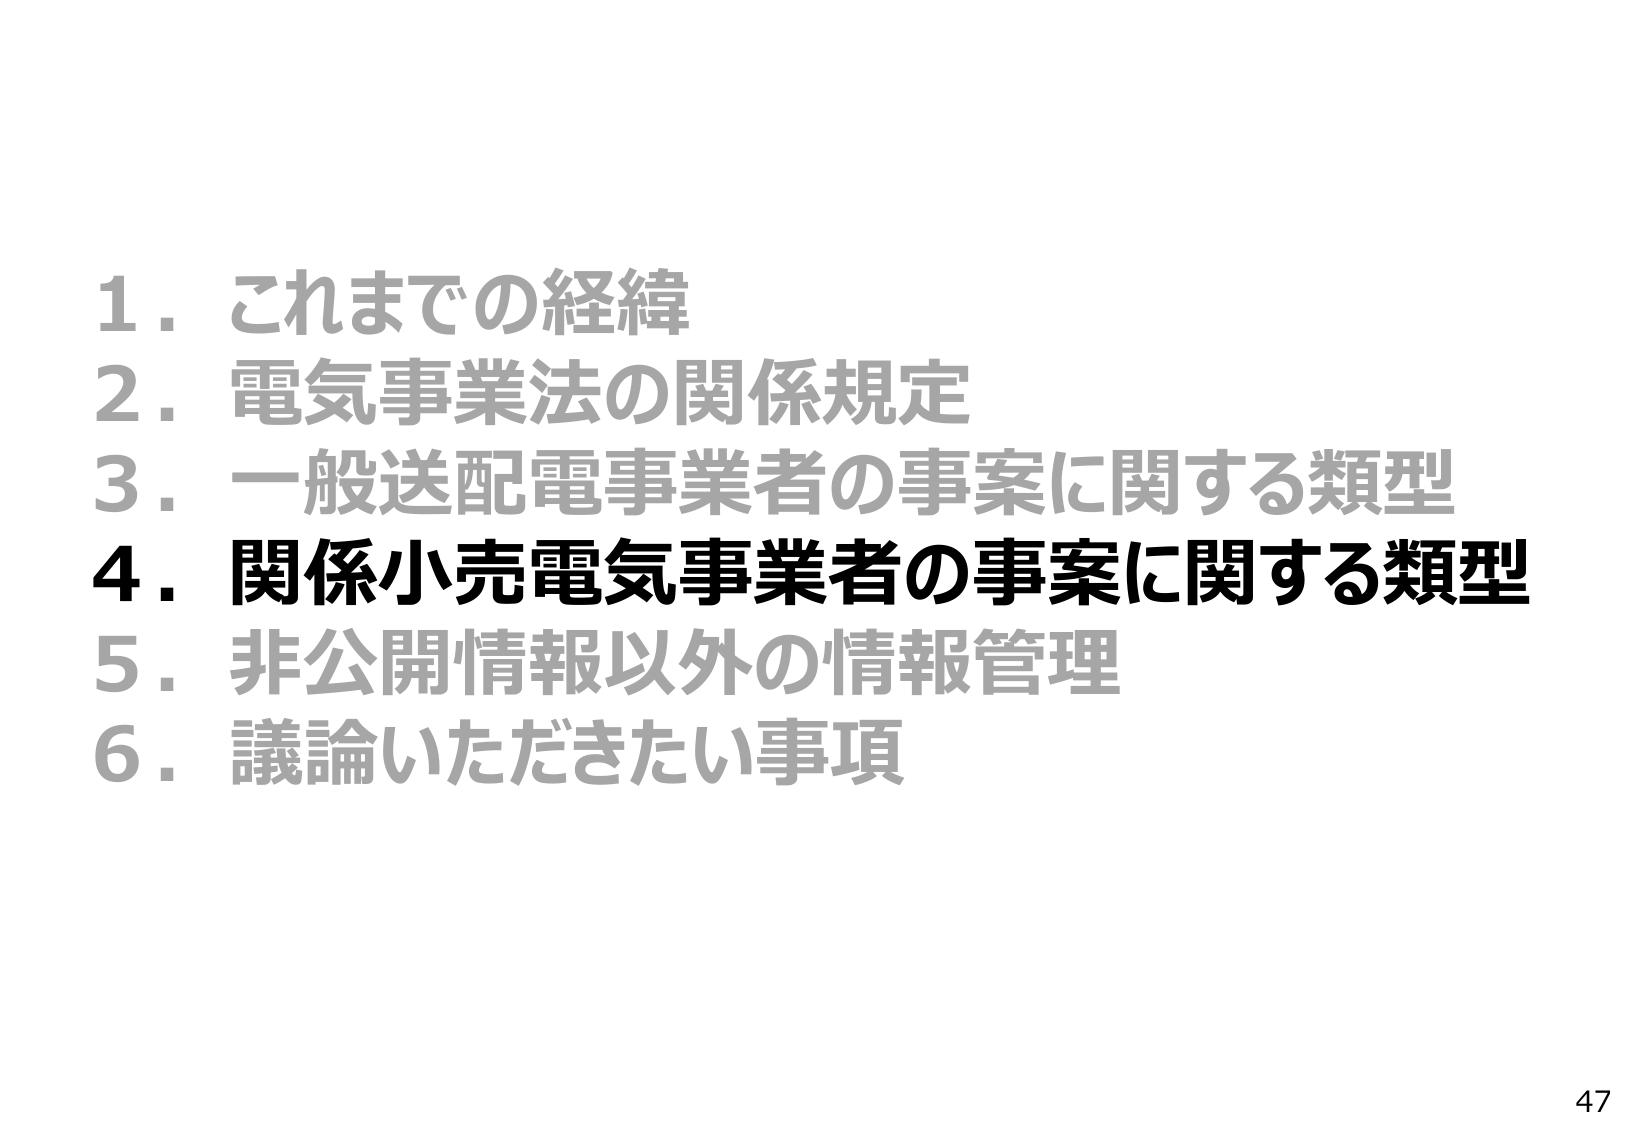
1. これまでの経緯
2. 電気事業法の関係規定
3. 一般送配電事業者の事案に関する類型
4. 関係小売電気事業者の事案に関する類型
5. 非公開情報以外の情報管理
6. 議論いただきたい事項
47